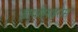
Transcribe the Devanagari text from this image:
डायसेपाइरोस